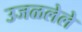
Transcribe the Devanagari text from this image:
उजळलेले